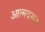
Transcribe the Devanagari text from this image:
आत्मदमन